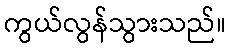
ကွယ်လွန်သွားသည်။